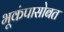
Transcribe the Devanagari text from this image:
भूकंपासोबत